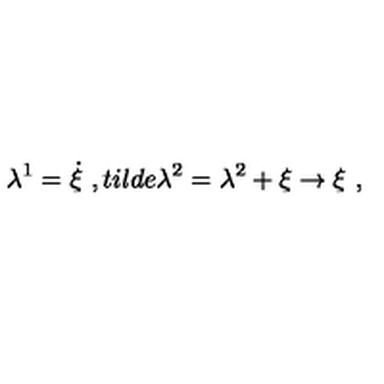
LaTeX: \lambda ^ { 1 } = \dot { \xi } \ , t i l d e { \lambda } ^ { 2 } = \lambda ^ { 2 } + \xi \rightarrow \xi \ ,